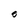
Character: O